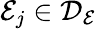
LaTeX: \mathcal{E}_{j}\in\mathcal{D}_{\mathcal{E}}